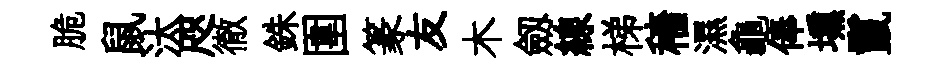
脆鼠汰咫徹銖圍篆友木劔線梯穡濕龜俸壎鬣